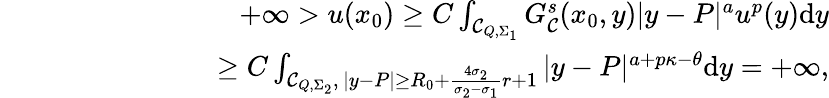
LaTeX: \begin{array}{rlr}&{}&{+\infty>u(x_{0})\geq C\int_{\mathcal C_{Q,\Sigma_{1}}}G_{\mathcal{C}}^{s}(x_{0},y)|y-P|^{a}u^{p}(y)\mathrm{d}y}\\ &{}&{\qquad\qquad\quad\, \, \, \, \geq C\int_{\mathcal C_{Q,\Sigma_{2}},\, |y-P|\geq R_{0}+\frac{4\sigma_{2}}{\sigma_{2}-\sigma_{1}}r+1}|y-P|^{a+p\kappa-\theta}\mathrm{d}y=+\infty,}\end{array}